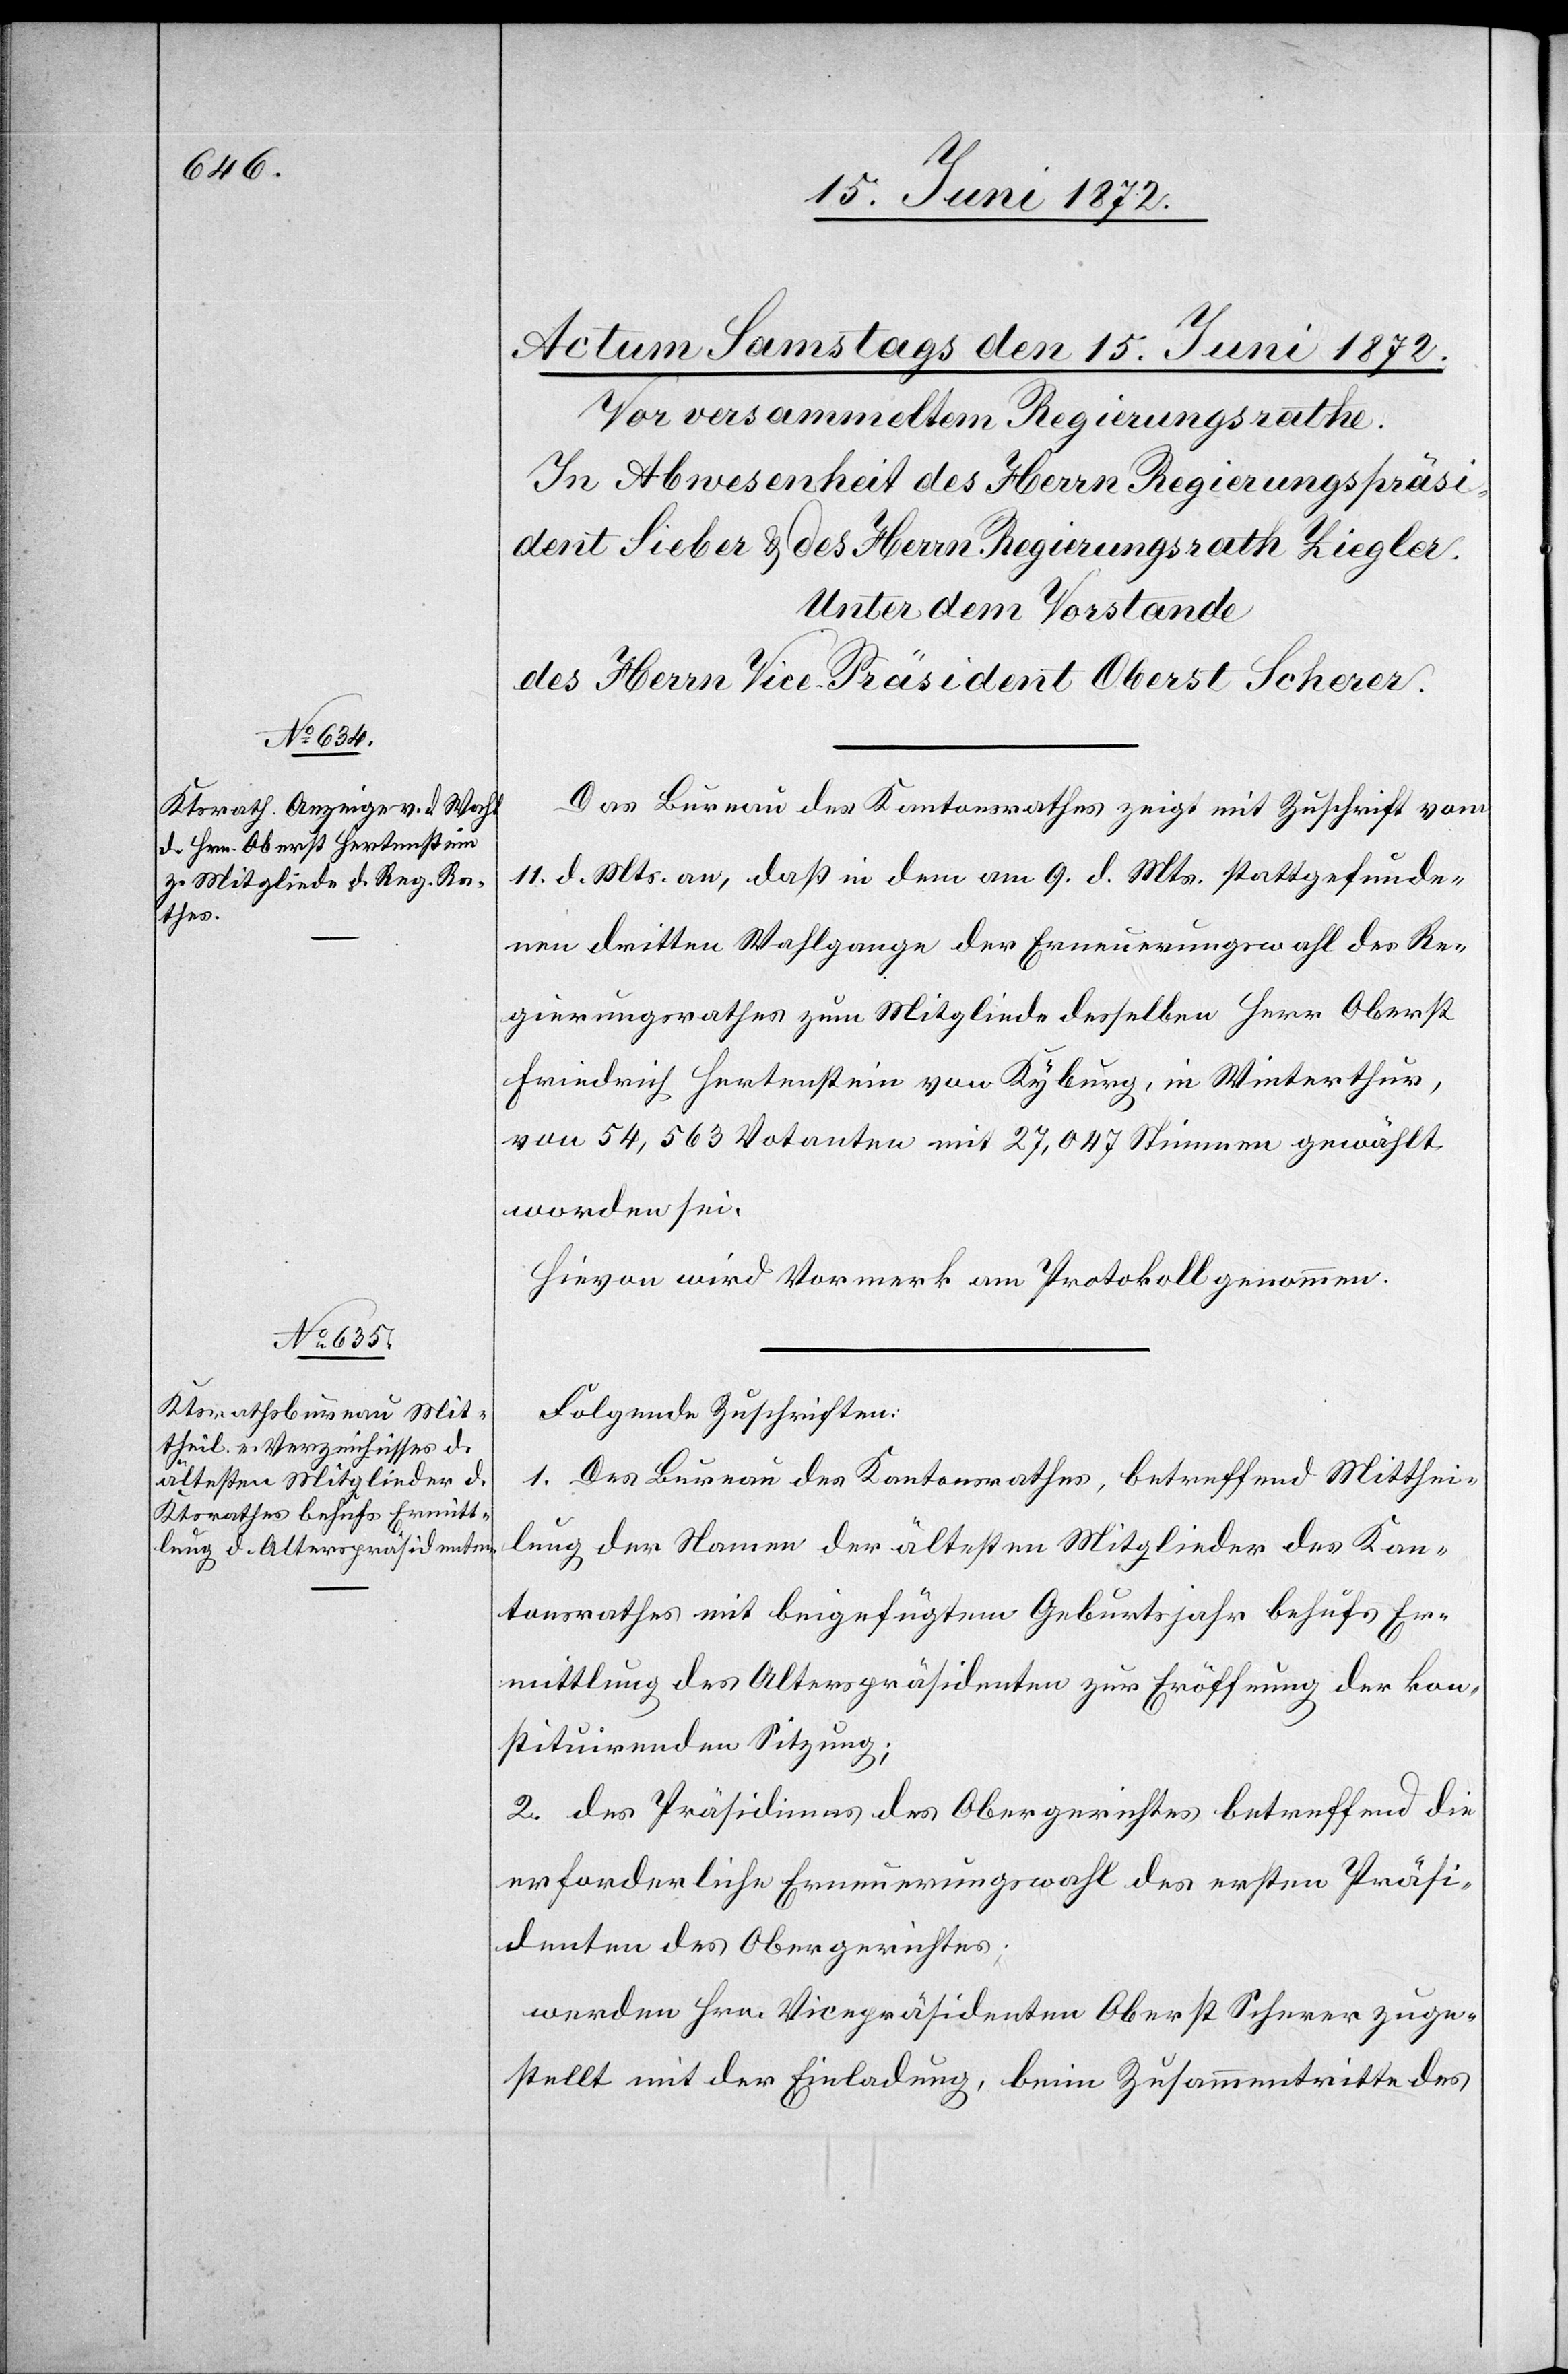
Das Bureau des Kantonsrathes zeigt mit Zuschrift vom
11. d. Mts. an, daß in dem am 9. d. Mts. stattgefunde¬
nen dritten Wahlgange der Erneuerungswahl des Re¬
gierungsrathes zum Mitgliede desselben Herr Oberst
Friedrich Hertenstein von Kyburg, in Winterthur,
von 54,563 Votanten mit 27,047 Stimmen gewählt
worden sei.
Hievon wird Vormerk am Protokoll genommen.
Folgende Zuschriften:
1. Das Bureau des Kantonsrathes, betreffend Mitthei¬
lung der Namen der ältesten Mitglieder des Kan¬
tonsrathes mit beigefügtem Geburtsjahr behufs Er¬
mittlung des Alterspräsidenten zur Eröffnung der kon¬
stituirenden Sitzung;
2. des Präsidiums des Obergerichtes betreffend die
erforderliche Erneuerungswahl des ersten Präsi¬
denten des Obergerichtes;
werden Hrn. Vicepräsidenten Oberst Scherer zuge¬
stellt mit der Einladung, beim Zusammentritte des